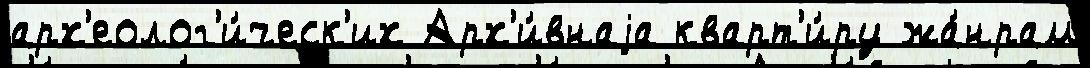
арх'еолог'и́ческ'их Арх'и́внаjа кварт'и́ру жа́нрам